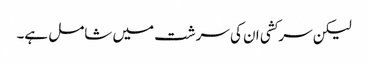
لیکن سرکشی ان کی سرشت میں شامل ہے۔